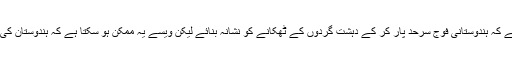
بھارتی ٹی وی نے بڑھک مارتے ہوئے کہا کہ اس کا امکان کم ہی ہے کہ ہندوستانی فوج سرحد پار کر کے دہشت گردوں کے ٹھکانے کو نشانہ بنائے لیکن ویسے یہ ممکن ہو سکتا ہے کہ ہندوستان کی زمین سے ہی دہشت گردوں کے ٹھکانے کو نیست و نابود کیا جائے۔